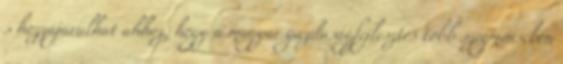
s hozzájárulhat ahhoz, hogy a magyar gazdaságfejlesztés több szegmensében